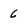
Character: 6